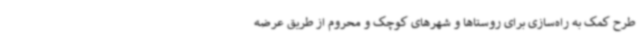
طرح کمک به راه‌سازی برای روستاها و شهرهای کوچک و محروم از طریق عرضه